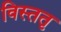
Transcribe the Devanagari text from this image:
विस्ततृ